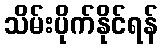
သိမ်းပိုက်နိုင်ရန်